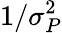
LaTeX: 1/\sigma_{P}^{2}